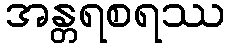
အန္တရစရဿ